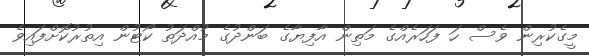
މީގެކުރިން ވެސް ހަ ފަހަރެއްގެ މަތިން އާފިޔާގެ ބަންދުގެ މުއްދަތު ކޯޓުން އިތުރުކޮށްފައިވެ